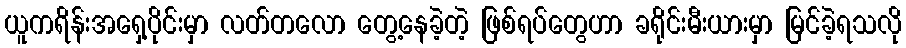
ယူကရိန်းအရှေ့ပိုင်းမှာ လတ်တလော တွေ့နေခဲ့တဲ့ ဖြစ်ရပ်တွေဟာ ခရိုင်းမီးယားမှာ မြင်ခဲ့ရသလို